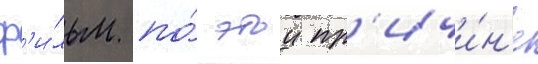
ф'и́льм по́ этои пр'ичи́н'е